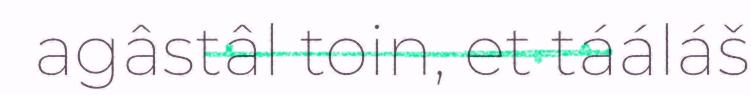
agâstâl toin, et tááláš